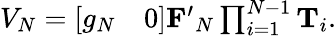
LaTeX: \begin{array}{r}{V_{N}=\left[\begin{array}{ll}{g_{N}}&{0}\end{array}\right]\mathbf{F^{\prime}}_{N}\prod_{i=1}^{N-1}\mathbf{T}_{i}.}\end{array}